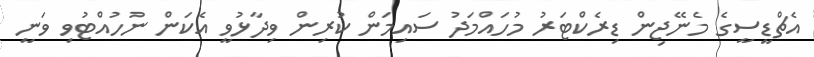
އެޗްޑީސީގެ މެނޭޖިން ޑިރެކްޓަރު މުހައްމަދު ސައިމަން ކުރިން ވިދާޅުވީ އެކަން ނުހުއްޓުވި ވަނީ